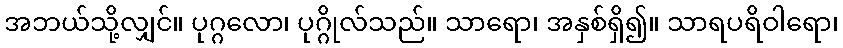
အဘယ်သို့လျှင်။ ပုဂ္ဂလော၊ ပုဂ္ဂိုလ်သည်။ သာရော၊ အနှစ်ရှိ၍။ သာရပရိဝါရော၊